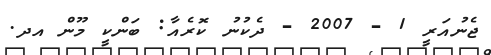
ޖެނުއަރީ 1 - 2007 - ދެކުނު ކޮރެއާ: ބަންކީ މޫން އދ.